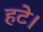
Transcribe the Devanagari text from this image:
हटे।